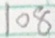
1 0 8